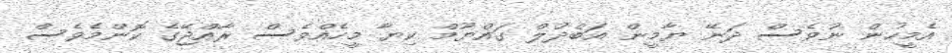
އެމީހުން ނުވެސް ދަނޭ ޔާމީން އަބްދުލް ގައްޔޫމް ކިޔާ މީހެއްވެސް ރާއްޖޭގެ ކޮންމެވެސް